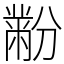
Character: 黺